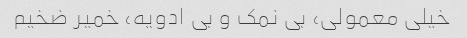
خیلی معمولی، بی نمک و بی ادویه، خمیر ضخیم